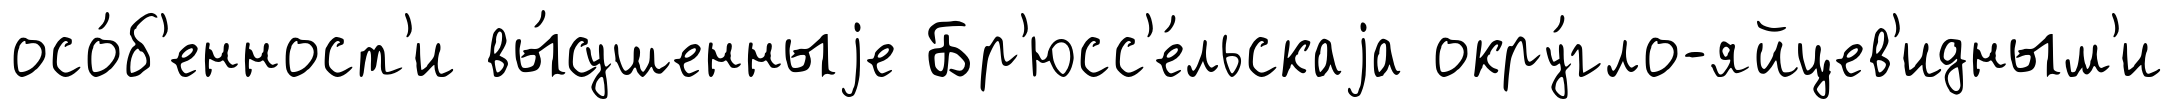
осо́б'енност'и вы́сушенныjе Бр'юсс'е́льскаjа окру́гло-яйцев'идным'и